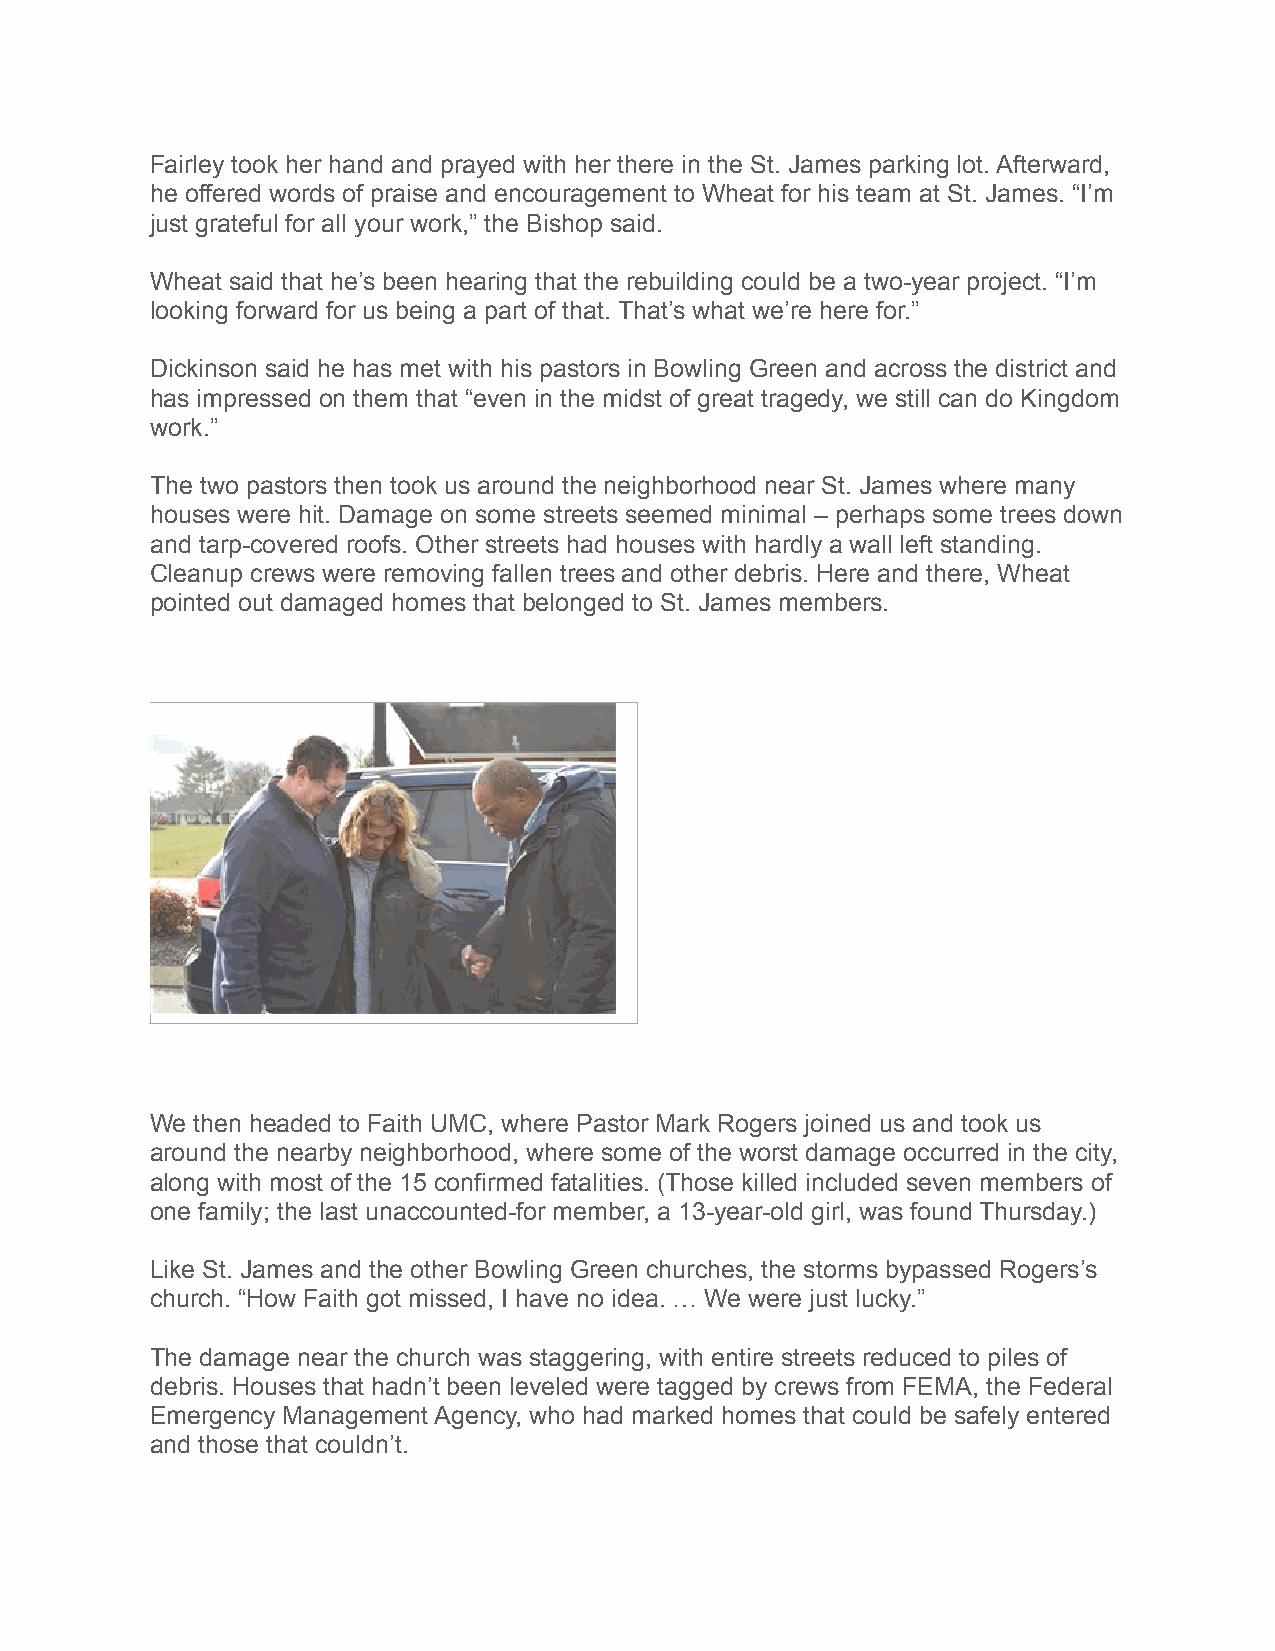
Fairley took her hand and prayed with her there in the St. James parking lot. Afterward,
 he offered words of praise and encouragement to Wheat for his team at St. James. “I’m
 just grateful for all your work,” the Bishop said.
 Wheat said that he’s been hearing that the rebuilding could be a two-year project. “I’m
 looking forward for us being a part of that. That’s what we’re here for.”
 Dickinson said he has met with his pastors in Bowling Green and across the district and
 has impressed on them that “even in the midst of great tragedy, we still can do Kingdom
 work.”
 The two pastors then took us around the neighborhood near St. James where many
 houses were hit. Damage on some streets seemed minimal – perhaps some trees down
 and tarp-covered roofs. Other streets had houses with hardly a wall left standing.
 Cleanup crews were removing fallen trees and other debris. Here and there, Wheat
 pointed out damaged homes that belonged to St. James members.
 We then headed to Faith UMC, where Pastor Mark Rogers joined us and took us
 around the nearby neighborhood, where some of the worst damage occurred in the city,
 along with most of the 15 confirmed fatalities. (Those killed included seven members of
 one family; the last unaccounted-for member, a 13-year-old girl, was found Thursday.)
 Like St. James and the other Bowling Green churches, the storms bypassed Rogers’s
 church. “How Faith got missed, I have no idea. … We were just lucky.”
 The damage near the church was staggering, with entire streets reduced to piles of
 debris. Houses that hadn’t been leveled were tagged by crews from FEMA, the Federal
 Emergency Management Agency, who had marked homes that could be safely entered
 and those that couldn’t.